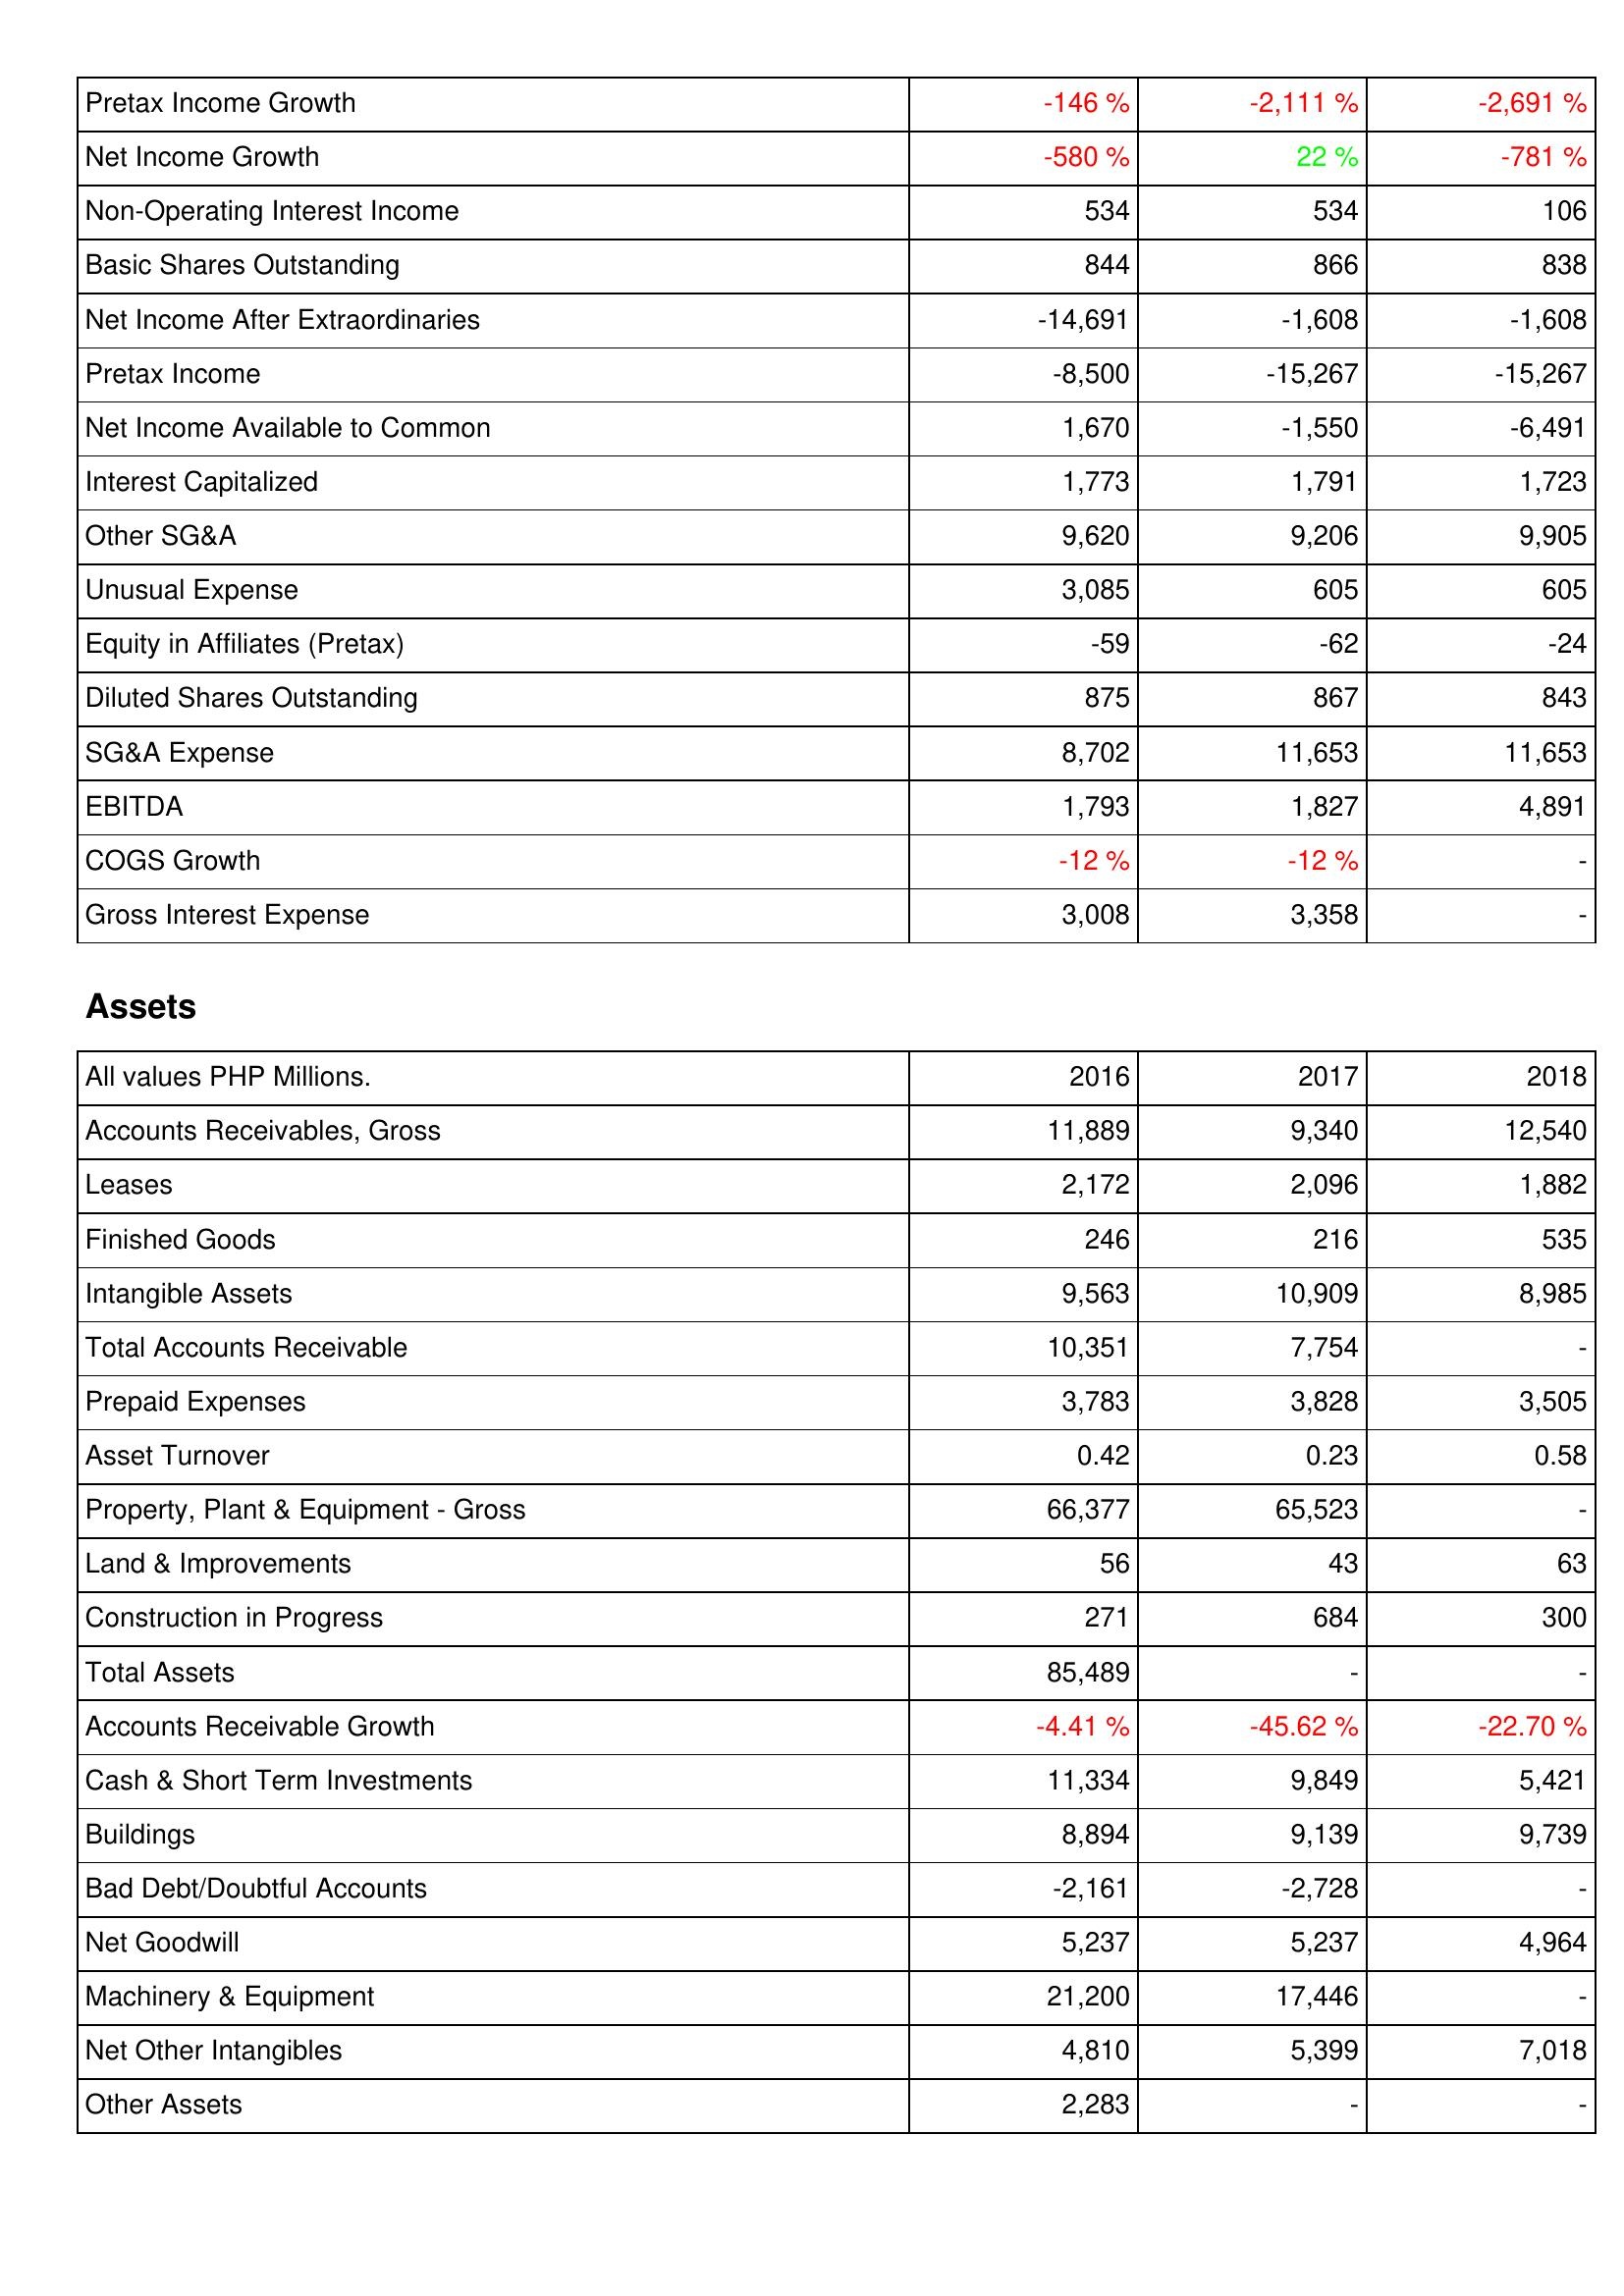
2016: Income Statement: Pretax Income Growth: -146 %
Net Income Growth: -580 %
Non-Operating Interest Income: 534
Basic Shares Outstanding: 844
Net Income After Extraordinaries: -14,691
Pretax Income: -8,500
Net Income Available to Common: 1,670
Interest Capitalized: 1,773
Other SG&A: 9,620
Unusual Expense: 3,085
Equity in Affiliates (Pretax): -59
Diluted Shares Outstanding: 875
SG&A Expense: 8,702
EBITDA: 1,793
COGS Growth: -12 %
Gross Interest Expense: 3,008
Assets: Accounts Receivables, Gross: 11,889
Leases: 2,172
Finished Goods: 246
Intangible Assets: 9,563
Total Accounts Receivable: 10,351
Prepaid Expenses: 3,783
Asset Turnover: 0.42
Property, Plant & Equipment - Gross: 66,377
Land & Improvements: 56
Construction in Progress: 271
Total Assets: 85,489
Accounts Receivable Growth: -4.41 %
Cash & Short Term Investments: 11,334
Buildings: 8,894
Bad Debt/Doubtful Accounts: -2,161
Net Goodwill: 5,237
Machinery & Equipment: 21,200
Net Other Intangibles: 4,810
Other Assets: 2,283
2017: Income Statement: Pretax Income Growth: -2,111 %
Net Income Growth: 22 %
Non-Operating Interest Income: 534
Basic Shares Outstanding: 866
Net Income After Extraordinaries: -1,608
Pretax Income: -15,267
Net Income Available to Common: -1,550
Interest Capitalized: 1,791
Other SG&A: 9,206
Unusual Expense: 605
Equity in Affiliates (Pretax): -62
Diluted Shares Outstanding: 867
SG&A Expense: 11,653
EBITDA: 1,827
COGS Growth: -12 %
Gross Interest Expense: 3,358
Assets: Accounts Receivables, Gross: 9,340
Leases: 2,096
Finished Goods: 216
Intangible Assets: 10,909
Total Accounts Receivable: 7,754
Prepaid Expenses: 3,828
Asset Turnover: 0.23
Property, Plant & Equipment - Gross: 65,523
Land & Improvements: 43
Construction in Progress: 684
Total Assets: -
Accounts Receivable Growth: -45.62 %
Cash & Short Term Investments: 9,849
Buildings: 9,139
Bad Debt/Doubtful Accounts: -2,728
Net Goodwill: 5,237
Machinery & Equipment: 17,446
Net Other Intangibles: 5,399
Other Assets: -
2018: Income Statement: Pretax Income Growth: -2,691 %
Net Income Growth: -781 %
Non-Operating Interest Income: 106
Basic Shares Outstanding: 838
Net Income After Extraordinaries: -1,608
Pretax Income: -15,267
Net Income Available to Common: -6,491
Interest Capitalized: 1,723
Other SG&A: 9,905
Unusual Expense: 605
Equity in Affiliates (Pretax): -24
Diluted Shares Outstanding: 843
SG&A Expense: 11,653
EBITDA: 4,891
COGS Growth: -
Gross Interest Expense: -
Assets: Accounts Receivables, Gross: 12,540
Leases: 1,882
Finished Goods: 535
Intangible Assets: 8,985
Total Accounts Receivable: -
Prepaid Expenses: 3,505
Asset Turnover: 0.58
Property, Plant & Equipment - Gross: -
Land & Improvements: 63
Construction in Progress: 300
Total Assets: -
Accounts Receivable Growth: -22.70 %
Cash & Short Term Investments: 5,421
Buildings: 9,739
Bad Debt/Doubtful Accounts: -
Net Goodwill: 4,964
Machinery & Equipment: -
Net Other Intangibles: 7,018
Other Assets: -